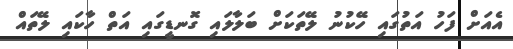
އެއަށް ފަހު އަތުގައި ހޭކުނު ލޭތަކަށް ބަލާލައި ގޮނޑީގައި އަތް ހާކައި ލޭތައް